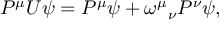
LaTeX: P ^ { \mu } U \psi = P ^ { \mu } \psi + \omega ^ { \mu } { } _ { \nu } P ^ { \nu } \psi ,